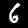
Label: 6